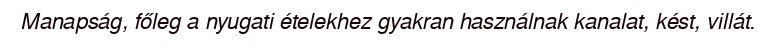
Manapság, főleg a nyugati ételekhez gyakran használnak kanalat, kést, villát.